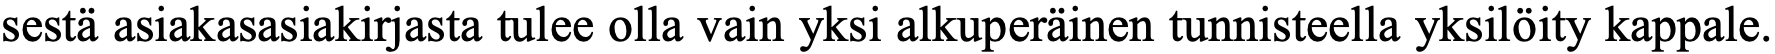
sestä asiakasasiakirjasta tulee olla vain yksi alkuperäinen tunnisteella yksilöity kappale.